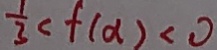
\frac { 1 } { 3 } < f ( \alpha ) < 0